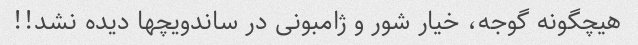
هیچگونه گوجه، خیار شور و ژامبونی در ساندویچها دیده نشد!!